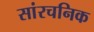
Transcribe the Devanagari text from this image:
सांरचनिक